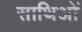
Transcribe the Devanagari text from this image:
साथिओं